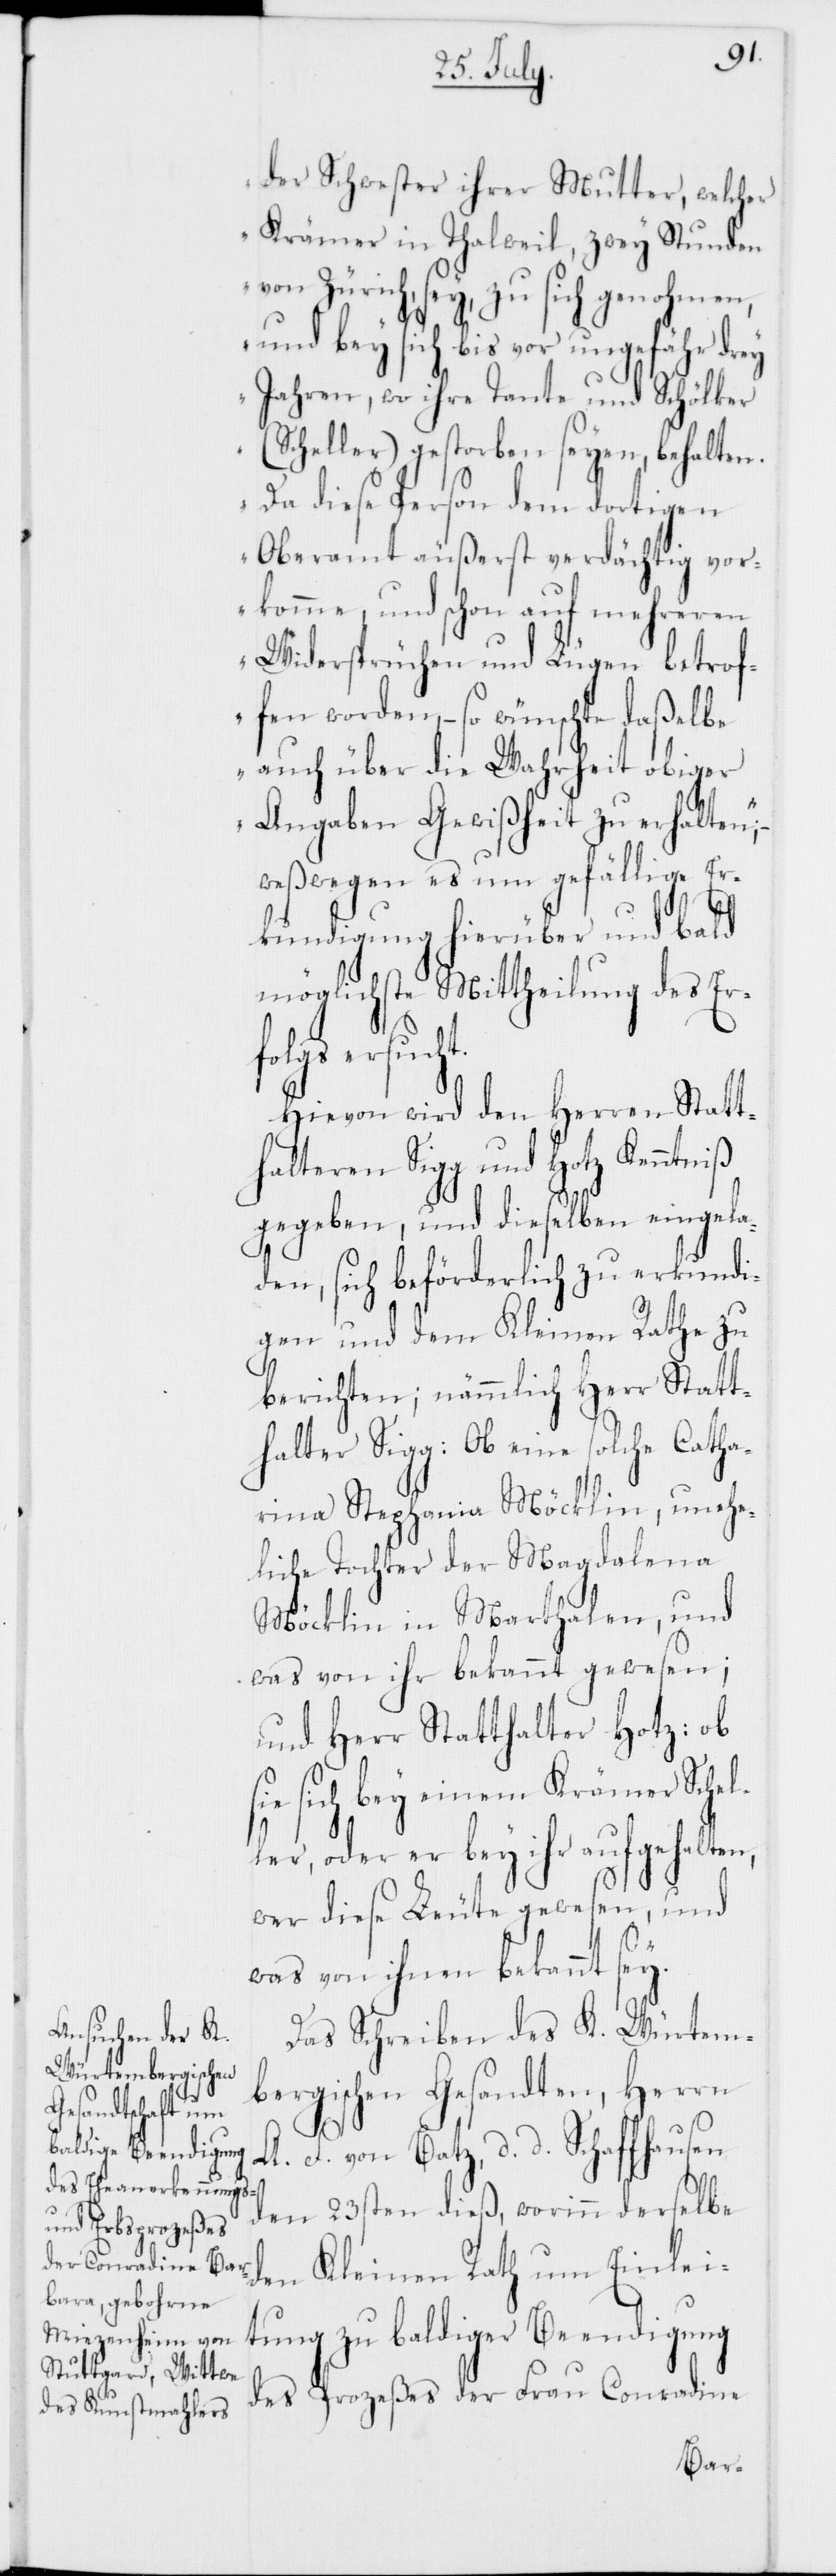
(S¬

ht.
der Schwester ihrer Mutter, welcher
Krämer in Thalwil, zwey Stunden
von Zürich, sey, zu sich genohmen,
und bey sich bis vor ungefähr drey
Jahren, wo ihre Tante und Schölker
cheller) gestorben seyen, behalten.
Da diese Person dem dortigen
Oberamt äußerst verdächtig vor¬
komme, und schon auf mehreren
Widersprüchen und Lügen betrof¬
fen worden, – so wünschte daßelbe
auch über die Wahrheit obiger
Angaben Gewißheit zu erhalten“;
–weßwegen es um gefällige Er¬
kundigung hierüber und bald
möglichste Mittheilung des Erf¬
olgs ersuc¬
Hievon wird den Herren Statt¬
halteren Sigg und Hotz Kenntniß
gegeben, und dieselben eingela¬
den, sich beförderlich zu erkundi¬
gen und dem Kleinen Rathe zu
berichten; nämmlich Herr Statt¬
halter Sigg: Ob eine solche Catha¬
rina Stephania Möcklin, unehe¬
liche Tochter der Magdalena
Möcklin in Marthalen, und
was von ihr bekannt gewesen;
und Herr Statthalter Hotz: ob
sie sich bey einem Krämer Schel¬
ler, oder er bey ihr aufgehalten,
wer diese Leute gewesen, und
was von ihnen bekannt sey.
Das Schreiben des K. Würtem¬
bergischen Gesandten, Herrn
A. F. von Batz, d. d. Schaffhausen
den 23sten dieß, worinn derselbe
den Kleinen Rath um Einlei¬
tung zu baldiger Beendigung
des Prozeßes der Frau Conradine